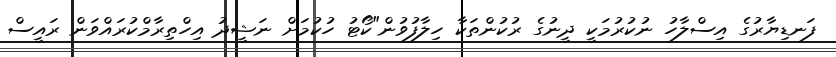
ފަނޑިޔާރުގެ އިސްލާހު ނުކުރުމަކީ ދީނުގެ ރުކުންތަކާ ހިލާފުވުން"ކޯޓު ހުކުމަށް ނަޝީދު އިހްތިރާމްކުރައްވަން ރައީސް